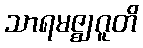
သာရမဇ္ဈဂူတိ